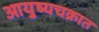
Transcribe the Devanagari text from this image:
आयुष्यचक्रात